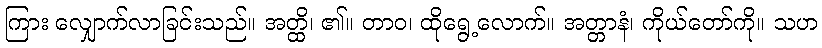
ကြား လျှောက်လာခြင်းသည်။ အတ္ထိ၊ ၏။ တာဝ၊ ထိုရွေ့လောက်။ အတ္တာနံ၊ ကိုယ်တော်ကို။ သဟ